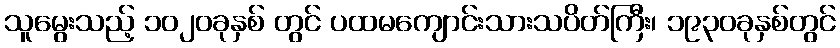
သူမွေးသည့် ၁၀၂၀ခုနှစ် တွင် ပထမကျောင်းသားသပိတ်ကြီး၊ ၁၉၃၀ခုနှစ်တွင်